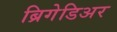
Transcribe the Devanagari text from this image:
ब्रिगेडिअर